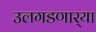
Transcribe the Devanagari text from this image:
उलगडणार्‍या